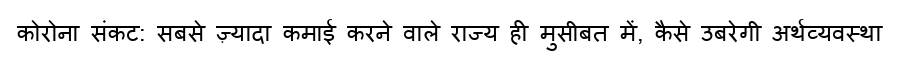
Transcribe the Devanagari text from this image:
कोरोना संकट: सबसे ज़्यादा कमाई करने वाले राज्य ही मुसीबत में, कैसे उबरेगी अर्थव्यवस्था